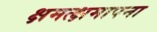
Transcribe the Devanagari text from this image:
क्षमत्क्षमापना